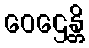
ဝေဌေန္တိ